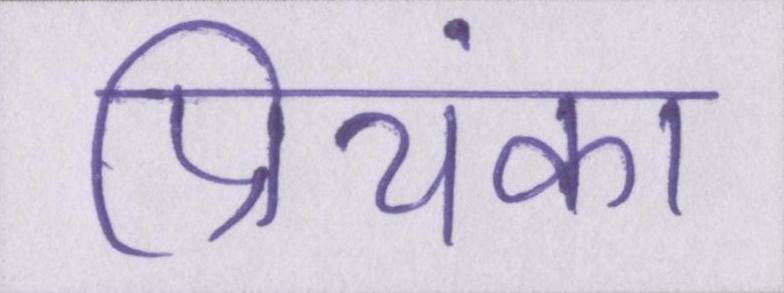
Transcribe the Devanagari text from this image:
प्रियंका